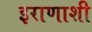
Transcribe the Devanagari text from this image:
इराणाशी